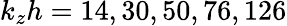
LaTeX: k_{z}h=14,30,50,76,126